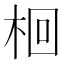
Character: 𣑩